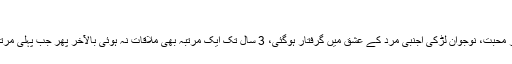
“
انٹرنیٹ پر محبت، نوجوان لڑکی اجنبی مرد کے عشق میں گرفتار ہوگئی، 3 سال تک ایک مرتبہ بھی ملاقات نہ ہوئی بالآخر پھر جب پہلی مرتبہ ملی تو۔